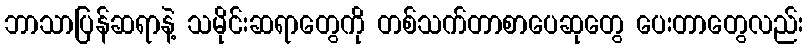
ဘာသာပြန်ဆရာနဲ့ သမိုင်းဆရာတွေကို တစ်သက်တာစာပေဆုတွေ ပေးတာတွေလည်း